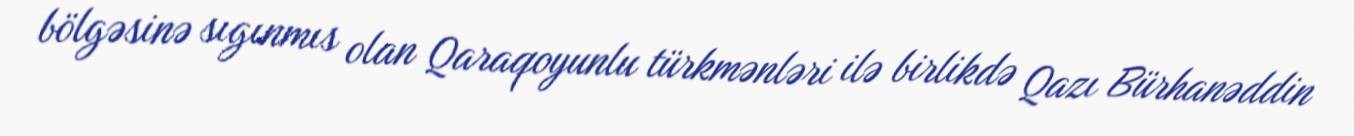
bölgəsinə sıgınmıs olan Qaraqoyunlu türkmənləri ilə birlikdə Qazı Bürhanəddin